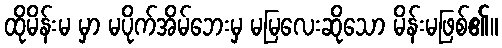
ထိုမိန်းမ မှာ မပိုက်အိမ်ဘေးမှ မမြလေးဆိုသော မိန်းမဖြစ်၏။